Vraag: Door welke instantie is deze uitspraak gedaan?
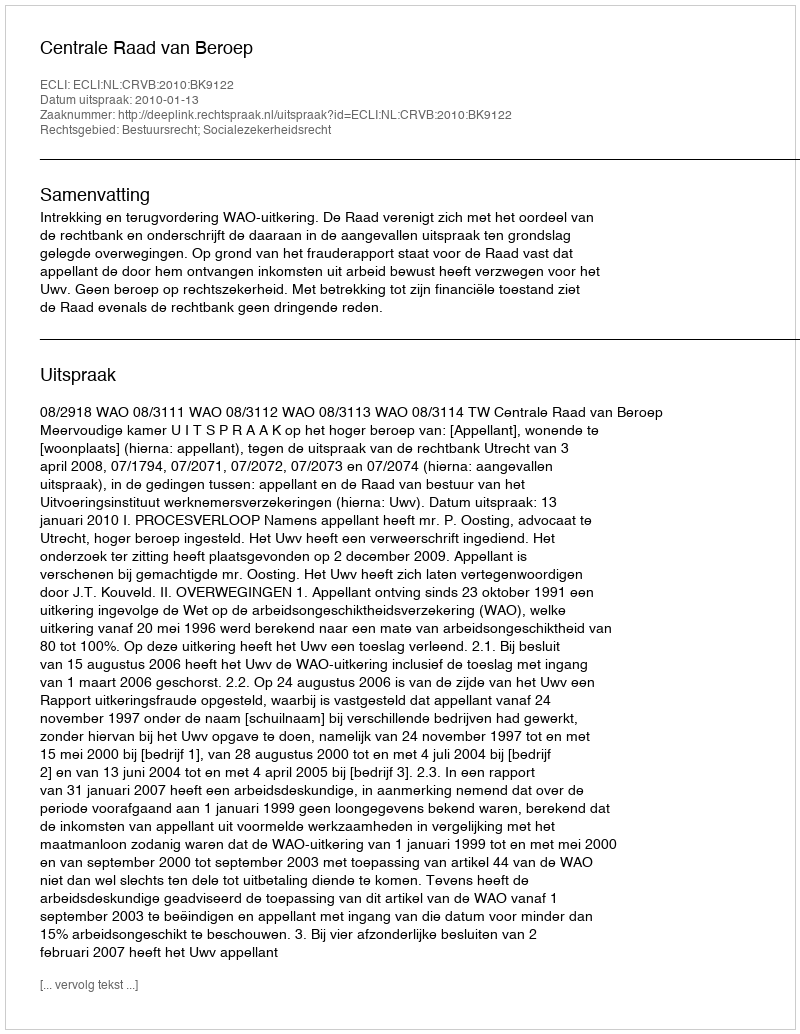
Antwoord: Centrale Raad van Beroep